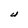
Character: U